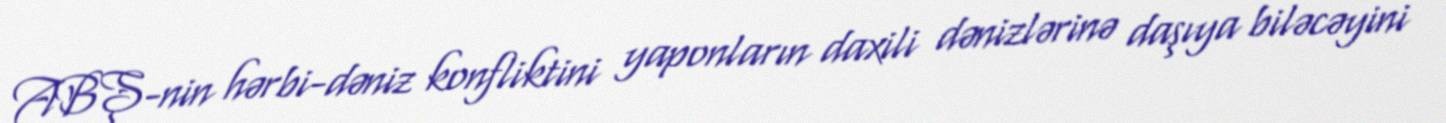
ABŞ-nin hərbi-dəniz konfliktini yaponların daxili dənizlərinə daşıya biləcəyini